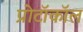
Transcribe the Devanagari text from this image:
प्रोटॉकॉल